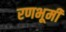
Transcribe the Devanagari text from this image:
रणभूमी